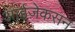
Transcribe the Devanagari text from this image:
आईज़ेकसन